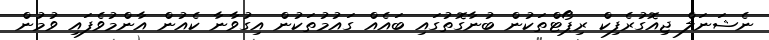
ނެޝަނަލް ޖިއޮގުރެފިކް ރިޕޯޓްތަކުން ބުނާގޮތުގައި ބައެއް ގައުމުތަކުން އިގުވާނާ ކެއުން އާންމުވެފައި ވުމުން